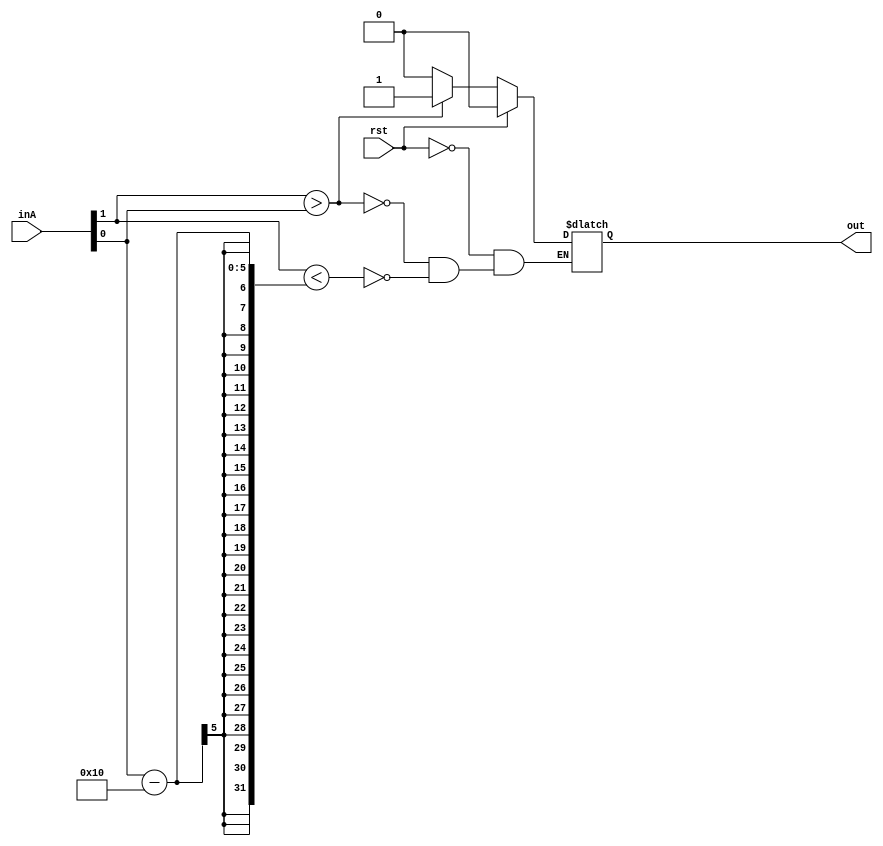
module test #(parameter hyst = 16)
            (input [0:1] inA, input rst, output reg out);
    parameter real updatePeriod = 100.0;
    initial out = 1'b0;
    always #(updatePeriod-5:updatePeriod:updatePeriod+5) begin
        if (rst) out <= 1'b0;
        else if (inA[0] > inA[1]) out <= 1'b1;
        else if (inA[0] < inA[1] - hyst) out <= 1'b0;
    end
endmodule